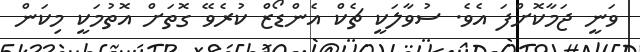
ވަނީ ޖަމާކޮށްފަ އެވެ. ސުވާލަކީ ޗެކް އެންޑޯޒް ކުރެވޭ ގޮތަށް އޮތުމަކީ މިކަން